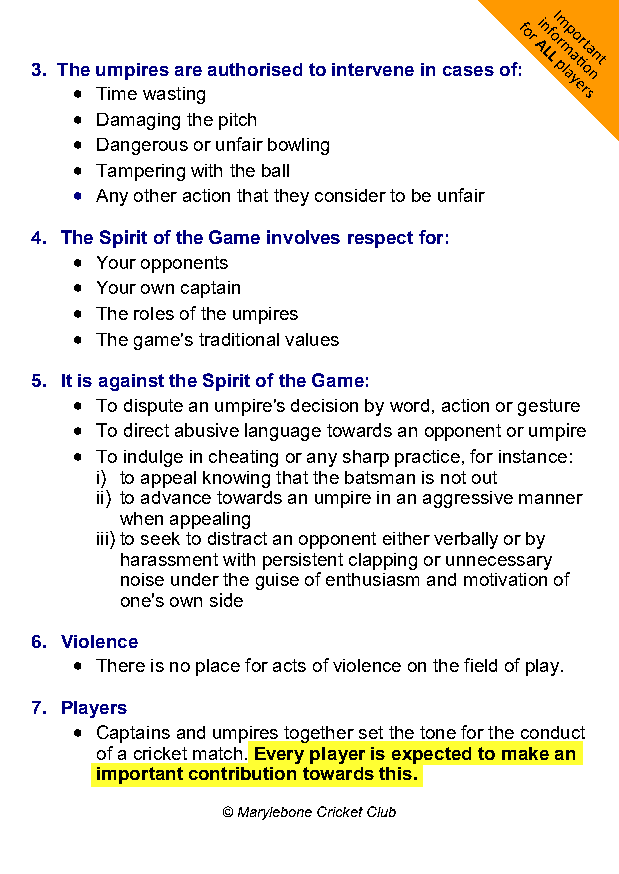
S
 3. The umpires are authorised to intervene in cases of:
 • Time wasting
 • Damaging the pitch
 • Dangerous or unfair bowling
 • Tampering with the ball
 • Any other action that they consider to be unfair
 4. The Spirit of the Game involves respect for:
 • Your opponents
 • Your own captain
 • The roles of the umpires
 • The game's traditional values
 5. It is against the Spirit of the Game:
 • To dispute an umpire's decision by word, action or gesture
 • To direct abusive language towards an opponent or umpire
 • To indulge in cheating or any sharp practice, for instance:
 i) to appeal knowing that the batsman is not out
 ii) to advance towards an umpire in an aggressive manner
 when appealing
 iii) to seek to distract an opponent either verbally or by
 harassment with persistent clapping or unnecessary
 noise under the guise of enthusiasm and motivation of
 one's own side
 6. Violence
 • There is no place for acts of violence on the field of play.
 7. Players
 • Captains and umpires together set the tone for the conduct
 of a cricket match. Every player is expected to make an
 important contribution towards this.
 © Marylebone Cricket Club